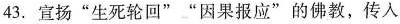
43.宣扬”生死轮回””因果报应”的佛教，传入